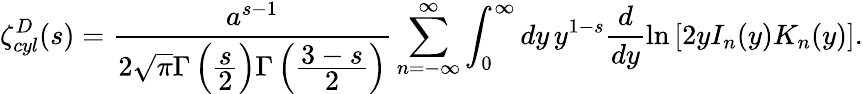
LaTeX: \zeta_{cyl}^{D}(s)=\frac{a^{s-1}}{2\sqrt{\pi}\Gamma\left(\frac{\displaystyle s}{\displaystyle 2}\right)\Gamma\left(\frac{\displaystyle 3-s}{\displaystyle 2}\right)}\sum_{n=-\infty}^{\infty}\int_{0}^{\infty}dy\, y^{1-s}\frac{d}{dy}\ln\left[2yI_{n}(y)K_{n}(y)\right].